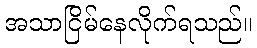
အသာငြိမ်နေလိုက်ရသည်။